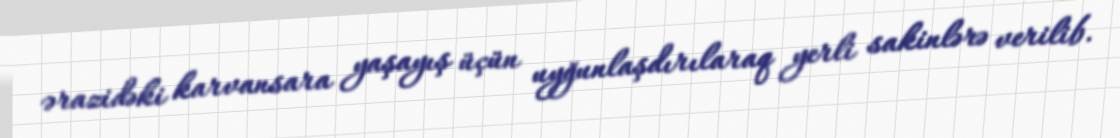
ərazidəki karvansara yaşayış üçün uyğunlaşdırılaraq yerli sakinlərə verilib.